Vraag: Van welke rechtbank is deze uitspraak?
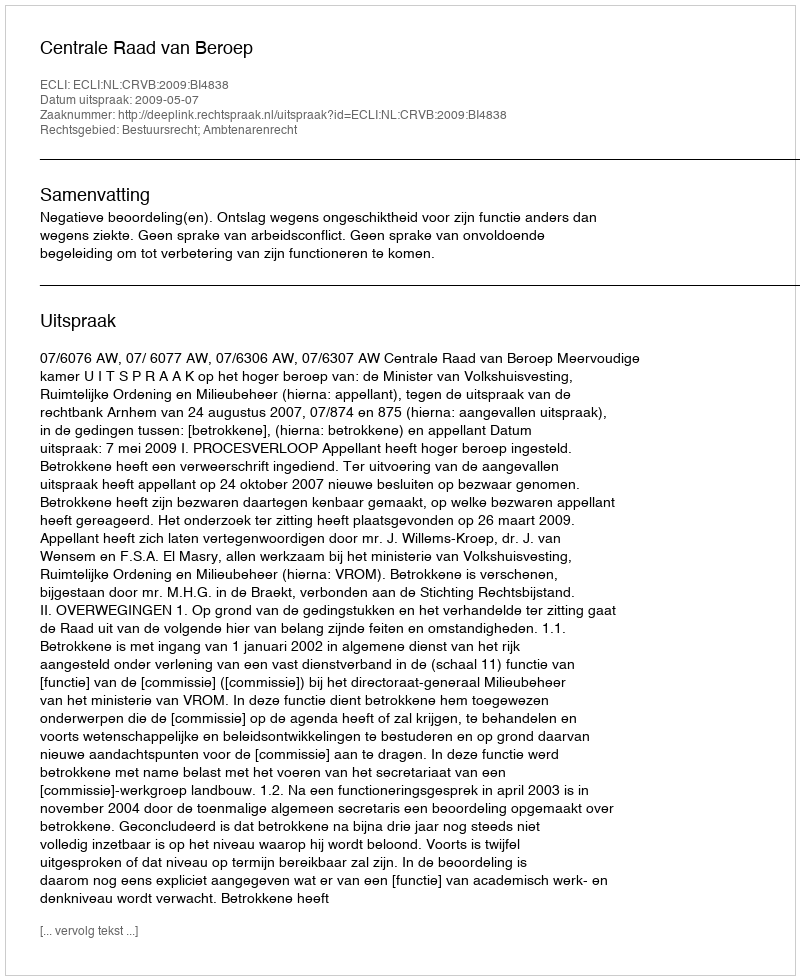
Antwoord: Centrale Raad van Beroep